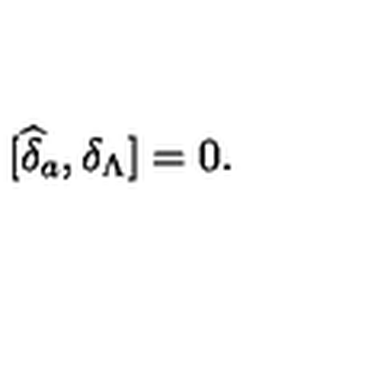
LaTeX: \lbrack \widehat { \delta } _ { a } , \delta _ { \Lambda } ] = 0 .